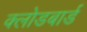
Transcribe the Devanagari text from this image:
क्लोडबार्ड